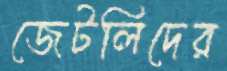
জেটলিদের